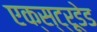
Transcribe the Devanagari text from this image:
एक्स्ट्रूडेड